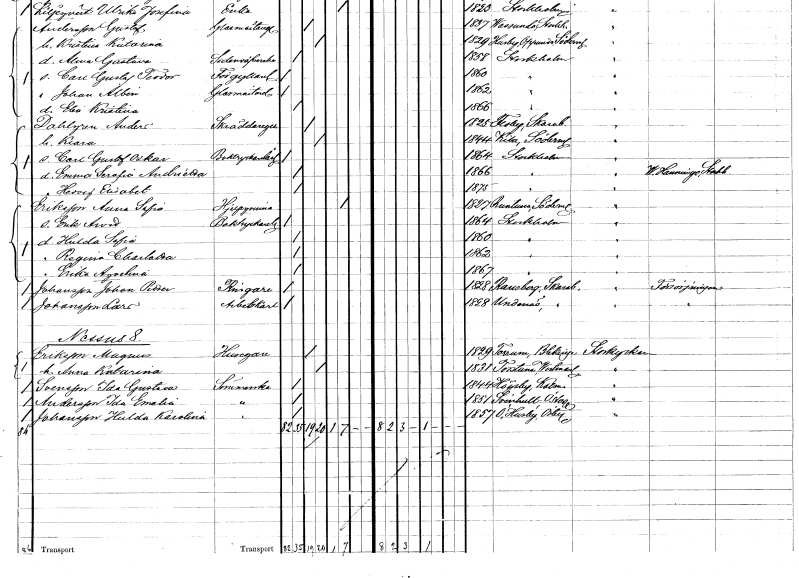
gt_parse: households: individuals: FN: Carl Gustaf Oskar
YRKE: Boktryckerilärling
KON: M
CIV: O
FODAR: 1864
FODFORS: Stockholm
FN: Emma Serafia Andrietta
KON: K
CIV: O
FODAR: 1866
FODFORS: Stockholm
FN: Anna Sofia
EN: Eriksson
YRKE: Hjälpkvinna
KON: K
CIV: E
FODAR: 1827
FODFORS: Runtuna Södermanlands län
FN: Erik Arvid
YRKE: Boktryckeriarbetare
KON: M
CIV: O
FODAR: 1864
FODFORS: Stockholm
FN: Hulda Sofia
KON: K
CIV: O
FODAR: 1860
FODFORS: Stockholm
FN: Regina Charlotta
KON: K
CIV: O
FODAR: 1862
FODFORS: Stockholm
FN: Erika Aqvelina
KON: K
CIV: O
FODAR: 1867
FODFORS: Stockholm
FN: Johan Petter
EN: Johansson
YRKE: Ringare
KON: M
CIV: O
FODAR: 1828
FODFORS: Ransberg Skaraborgs län
FN: Lars
EN: Johansson
YRKE: Arbetskarl
KON: M
CIV: O
FODAR: 1828
FODFORS: Undenäs Skaraborgs län
FN: Magnus
EN: Eriksson
YRKE: Husägare
KON: M
CIV: G
FODAR: 1829
FODFORS: Torhamn Blekinge län
FN: Anna Katarina
KON: K
CIV: G
FODAR: 1831
FODFORS: Torstuna Uppsala län
FN: Ida Gustava
EN: Svensson
YRKE: Sömmerska
KON: K
CIV: O
FODAR: 1844
FODFORS: Högsby Kalmar län
FN: Ida Emalia
EN: Andersson
YRKE: Sömmerska
KON: K
CIV: O
FODAR: 1851
FODFORS: Svinhult Östergötlands län
FN: Hulda Karolina
EN: Johansson
YRKE: Sömmerska
KON: K
CIV: O
FODAR: 1857
FODFORS: Östra Husby Östergötlands län